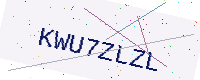
Text: KWU7ZLZL